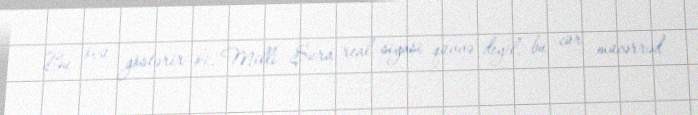
Bu özü göstərir ki, Milli Şura real siyasi qüvvə deyil, bu cür mücərrəd